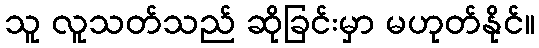
သူ လူသတ်သည် ဆိုခြင်းမှာ မဟုတ်နိုင်။